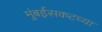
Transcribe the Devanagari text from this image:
मुंबईसकटच्या